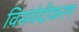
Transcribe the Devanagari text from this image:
विसंवेदीकरण